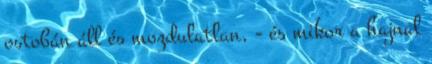
ostobán áll és mozdulatlan, - és mikor a hajnal